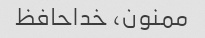
ممنون، خداحافظ